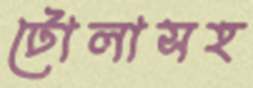
টোলাসহ